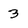
Character: 3